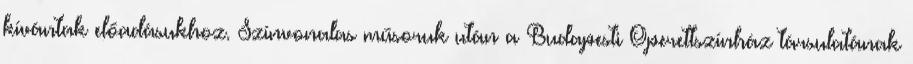
kívántak előadásukhoz. Színvonalas műsoruk után a Budapesti Operettszínház társulatának